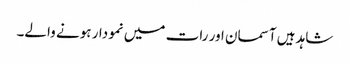
شاہد ہیں آسمان اور رات میں نمودار ہونے والے۔